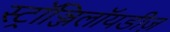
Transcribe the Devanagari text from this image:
स्ट्रॉञ्जिलॉयडीज़